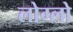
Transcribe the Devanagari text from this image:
लोग्लो